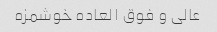
عالی و فوق العاده خوشمزه